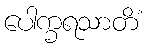
ပေါက္ခရသာတိံ